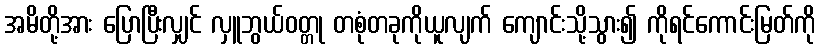
အမိတို့အား ပြောပြီးလျှင် လှူဘွယ်ဝတ္တု တစုံတခုကိုယူလျက် ကျောင်းသို့သွား၍ ကိုရင်ကောင်းမြတ်ကို